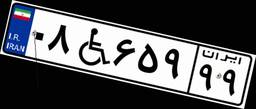
۶۷W۳۵۲۵۴